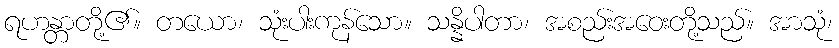
ရဟန္တာတို့၏။ တယော၊ သုံးပါးကုန်သော။ သန္နိပါတာ၊ အစည်းအဝေးတို့သည်။ အာသုံ၊